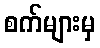
စက်များမှ